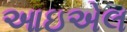
આઇએલ